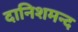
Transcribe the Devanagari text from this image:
दानिशमन्द